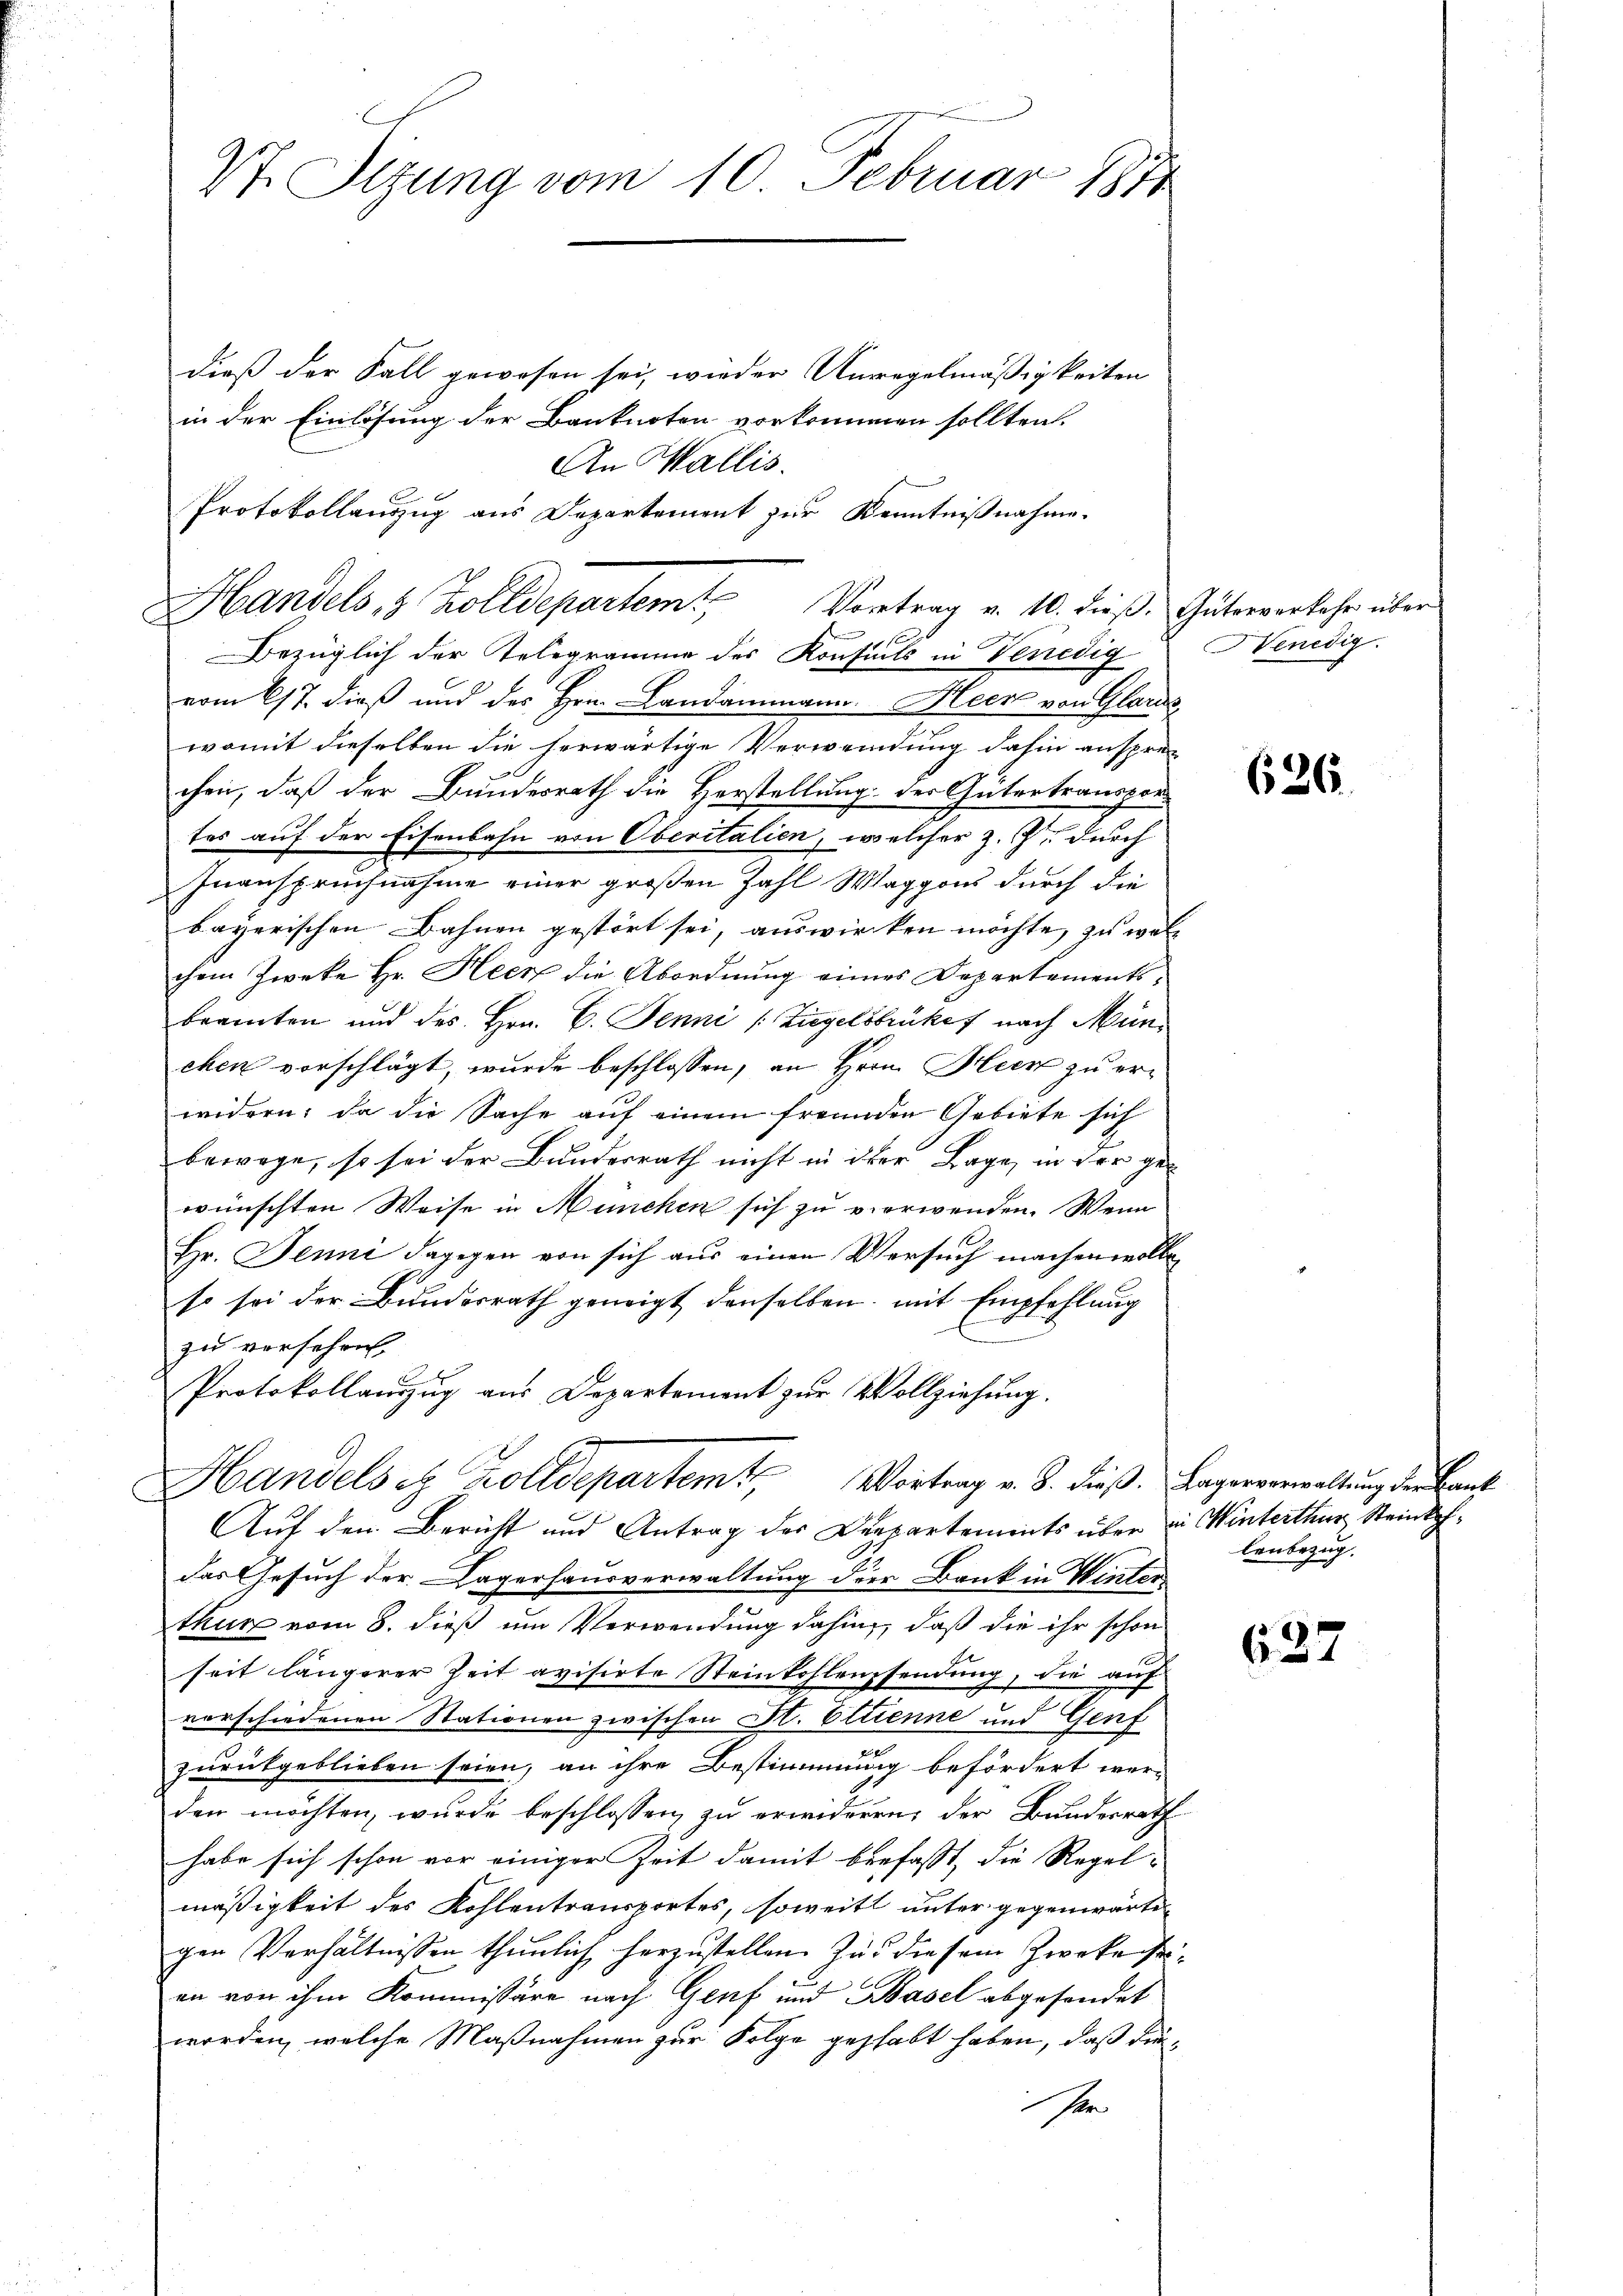
Vt. Sitzung vom 10. Februar 1884

Handels, 8 Zolldepartem Vortrag v. 10. dieß Güterverkehr über
Bezüglich der Telegramme des Konsuls in Venedig

vom 27. dieß und des Hrn. Landammann. Heer von Glau
womit dieselben die herwärtige Verwendung dahin ansprechen, daß der Bundesrath die Herstellung der Gütertransportes auf der Eisenbahn von Oberitalien, welcher z. Z. durch
Inanspruchnahme einer großen Zahl Waggons durch die
bayerischen Bahnen gestört sei, auswirken möchte, zu welchem Zwecke Hr. Heer die Abordnung eines Departementsbramten und des Hrn. C. Jenni /: Liegelsbrükef nach München vorschlägt, wurde beschlossen, an Hrrn. Heer zu erwidern, da die Sache auf einem freunden Gebiete sich
bewege, so sei der Bundesrath nicht in der Lage, in der gewünschten Weise in München sich zu verwenden. Wenn
Hr. Jenni dagegen von sich aus einen Versuch machen wolle,
so sei der Bundesrath geneigt denselben, mit Empfehlung
zu versehen,
Protokollauszug aus Departement zur Vollziehung.

dieß der Fall gewesen sei, wieder Unregelmäßigkeiten
in der Einlösung der Banknoten vorkommen sollten.
An Wallis.
Protokollauszug aus Departement zur Kenntnißnahme.

Handels et Zolldepartem Vortrag v. J. dieß. Lagerverwaltung der Cant

Auf den Bericht und Antrag des Departements über in Winterthur Steinkohdas Gesuch der Lagerhausverwaltung der Bank in Winter
thur vom 8. dieß um Verwendung dahin, daß die ihr schon
seit längerer Zeit avisirte Steinkohlensendung, die auf
verschiedenen Stationen zwischen St. Etienne und Genf
zurükgeblieben seien, an ihre Bestimmung befördert wer-
den möchten, wurde beschlossen zu erwideren, der Bundesrath
habe sich schon vor einiger Zeit damit befasst, die Regel-
mäßigkeit des Kohlentransportes, soweit unter gegenwärtigen Verhältnissen thunlich herzustellen. Zu diesem Zwecke sien von ihm Kommissäre nach Genf und Basel abgesendet
worden, welche Maßnahmen zur Folge gehabt haben, daß diese

Venedig

626.

lenbezug.

637